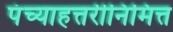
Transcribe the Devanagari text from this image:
पंच्याहत्तरीनिमित्त